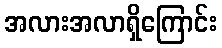
အလားအလာရှိကြောင်း